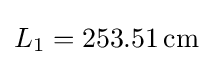
L_{1}=253.51\,{\text{cm}}